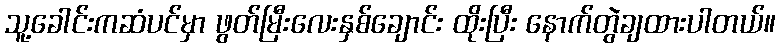
သူ့ခေါင်းကဆံပင်မှာ ဖွတ်မြီးလေးနှစ်ချောင်း ထိုးပြီး နောက်တွဲချထားပါတယ်။